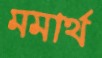
মমার্থ